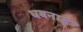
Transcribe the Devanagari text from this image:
धबनाईे